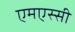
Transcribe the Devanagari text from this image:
एमएस्सी